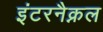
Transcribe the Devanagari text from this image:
इंटरनैक्नल